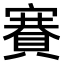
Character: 𧶼